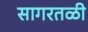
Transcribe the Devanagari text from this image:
सागरतळी